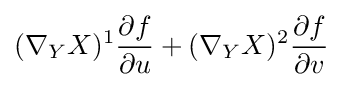
(\nabla _{Y}X)^{1}{\frac {\partial f}{\partial u}}+(\nabla _{Y}X)^{2}{\frac {\partial f}{\partial v}}